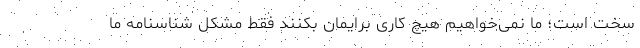
سخت است؛ ما نمی‌خواهیم هیچ کاری برایمان بکنند فقط مشکل شناسنامه ما